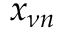
x _ { \nu n }